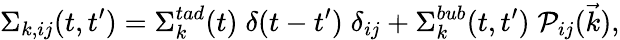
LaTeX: \Sigma_{k,ij}(t,t^{\prime})=\Sigma_{k}^{tad}(t)\; \delta(t-t^{\prime})\; \delta_{ij}+\Sigma_{k}^{bub}(t,t^{\prime})\; {\cal P}_{ij}(\vec{k}),